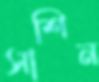
সাশিন